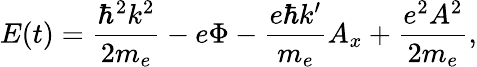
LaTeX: E(t)=\frac{\hbar^{2}k^{2}}{2m_{e}}-e\Phi-\frac{e\hbar k^{\prime}}{m_{e}}A_{x}+\frac{e^{2}A^{2}}{2m_{e}},